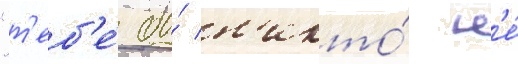
"т'еб'е́ бы́ н'икто́ н'е́